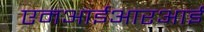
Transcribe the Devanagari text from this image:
एमआईआरआई